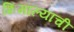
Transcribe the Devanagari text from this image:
शिमाल्याची